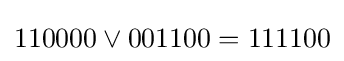
110000\lor 001100=111100